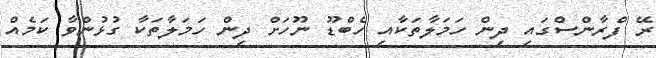
ރޭ ފްރާންސްގައި ދިން ހަމަލާތަކާއި ހެބްޑޫ ނޫހަށް ދިން ހަމަލާތަކާ ގުޅުންވާ ކަމެއް